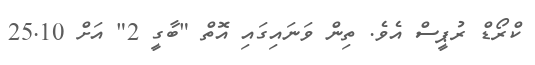
ކްރޯޑް ރުޕީސް އެވެ. ތިން ވަނައިގައި އޮތް "ބާގީ 2" އަށް 25.10